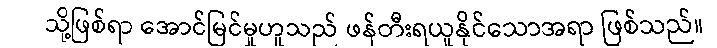
သို့ဖြစ်ရာ အောင်မြင်မှုဟူသည် ဖန်တီးရယူနိုင်သောအရာ ဖြစ်သည်။